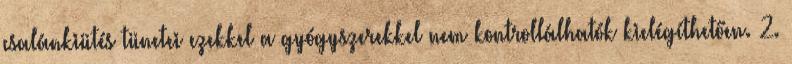
csalánkiütés tünetei ezekkel a gyógyszerekkel nem kontrollálhatók kielégíthetően. 2.